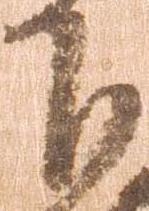
下